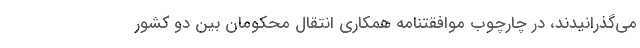
می‌گذرانیدند، در چارچوب موافقتنامه همکاری انتقال محکومان بین دو کشور